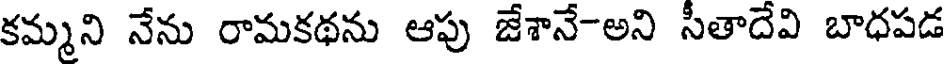
కమ్మని నేను రామకథను ఆపు జేశానే-అని సీతాదేవి బాధపడ